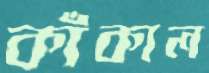
কাঁকাল